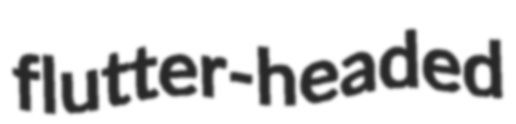
flutter-headed